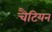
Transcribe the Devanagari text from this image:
चैटियन